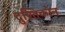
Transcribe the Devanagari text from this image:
द्रुश्तिकोन